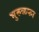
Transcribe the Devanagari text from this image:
भुरुळका